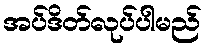
အပ်ဒိတ်လုပ်ပါမည်